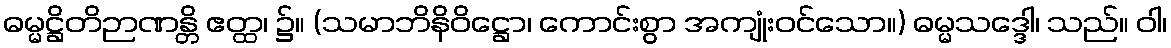
ဓမ္မဋ္ဌိတိဉာဏန္တိ ဧတ္ထ၊ ၌။ (သမာဘိနိဝိဋ္ဌော၊ ကောင်းစွာ အကျုံးဝင်သော။) ဓမ္မသဒ္ဒေါ၊ သည်။ ဝါ၊